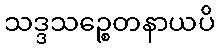
သဒ္ဒသဉ္စေတနာယပိ